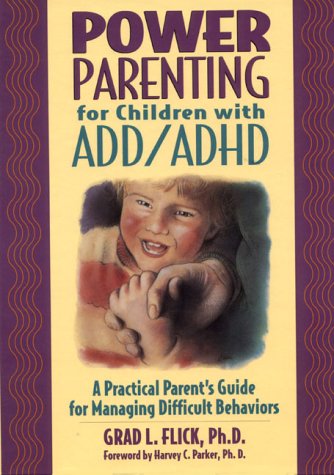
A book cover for Power Parenting for Children With ADD/ADHD: A Practical Guide for Managing Difficult Behaviors; Grad L. Flick; Parenting & Relationships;